Insane asylums in Bengal annual reports 1876-1887 - 1876-1887
Year: 1876
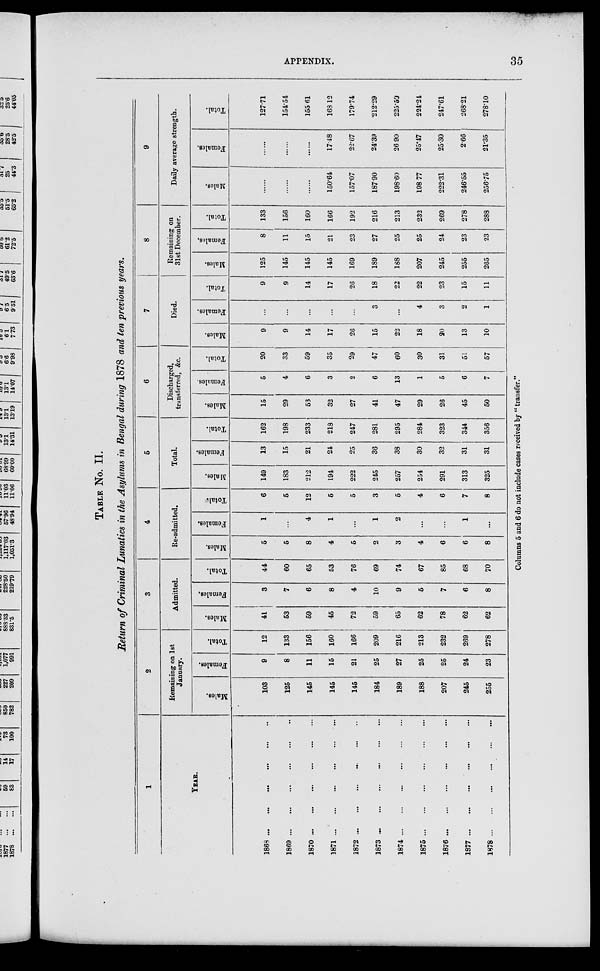
APPENDIX.
35
TABLE No. II.
Return of Criminal Lunatics in the Asylums in Bengal during 1878 and ten previous years.
1
YEAR.
1868 ... ... ... ... ... ...
1869 ... ... ... ... ... ...
1870 ... ... ... ... ... ...
1871 ... ... ... ... ... ...
1872 ... ... ... ... ... ...
1873 ... ... ... ... ... ...
1874 ... ... ... ... ... ...
1875 ... ... ... ... ... ...
1876 ... ... ... ... ... ...
1877 ... ... ... ... ... ...
1878 ... ... ... ... ... ...
2
Remaining on 1st
January.
Males.
103
125
145
145
145
184
189
188
207
245
255
Females.
9
8
11
15
21
25
27
25
25
24
23
Total.
12
133
156
160
166
209
216
213
232
269
278
3
Admitted.
Males.
41
53
59
45
72
59
65
62
78
62
62
Females.
3
7
6
8
4
10
9
5
7
6
8
Total.
44
60
65
53
76
69
74
67
85
68
70
4
Re-admitted.
Males.
5
5
8
4
5
2
3
4
6
6
8
Females.
1
...
4
1
...
1
2
...
...
1
...
Total.
6
5
12
5
5
3
5
4
6
7
8
5
Total.
Males.
149
183
212
194
222
245
257
254
291
313
325
Females.
13
15
21
24
25
36
38
30
32
31
31
Total.
162
198
233
218
247
281
295
284
323
344
356
6
Discharged,
transferred, &c.
Males.
15
29
53
32
27
41
47
29
26
45
50
Females.
5
4
6
3
2
6
13
1
5
6
7
Total.
20
33
59
35
29
47
60
30
31
51
57
7
Died.
Males.
9
9
14
17
26
15
22
18
20
13
10
Females.
...
...
...
...
...
3
...
4
3
2
1
Total.
9
9
14
17
26
18
22
22
23
15
11
8
Remaining on
31st December.
Males.
125
145
145
145
169
189
188
207
245
255
265
Females.
8
11
15
21
23
27
25
25
24
23
23
Total.
133
156
160
166
192
216
213
232
269
278
288
9
Daily average strength.
Males.
......
......
......
150.64
157.07
187.90
198.60
198.77
222.31
246.55
256.75
Females.
......
......
......
17.48
22.67
24.39
26.90
25.47
25.30
2.66
21.35
Total.
127.71
154.54
155.61
168.12
179.74
212.29
225.50
224.24
247.61
268.21
278.10
Columns 5 and 6 do not include cases received by " transfer."